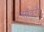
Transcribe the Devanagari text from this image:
साँवरौ